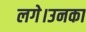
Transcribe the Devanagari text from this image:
लगे।उनका